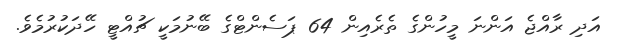
އަދި ރާއްޖެ އަންނަ މީހުންގެ ތެރެއިން 64 ޕަސެންޓްގެ ބޭނުމަކީ ޗުއްޓީ ހޭދަކުރުމެވެ.